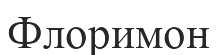
Флоримон